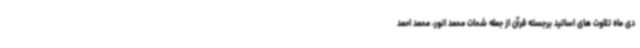
دی ماه تلاوت های اساتید برجسته قرآن از جمله شحات محمد انور، محمد احمد